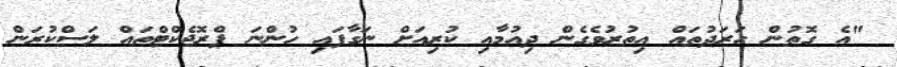
"އެ ގޮތުން ހަރަދުތައް އިތުރުވެގެން ދިއުމާއި ކުރިއަށް ނަގާފައި ހުންނަ ޕްރޮޖެކްޓްތައް ލަސްކުރަން